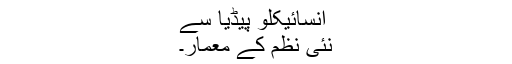
انسائیکلو پیڈیا سے
نئی نظم کے معمار۔